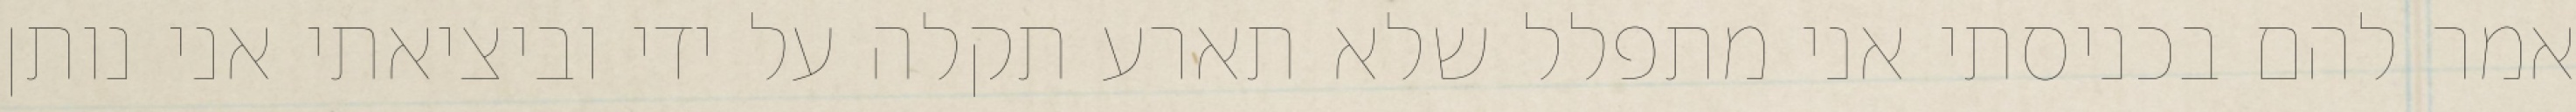
אמר להם בכניסתי אני מתפלל שלא תארע תקלה על ידי וביציאתי אני נותן